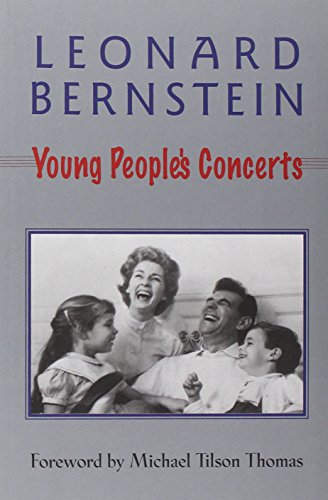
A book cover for Young People's Concerts (Softcover) (Amadeus); Leonard Bernstein; Humor & Entertainment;